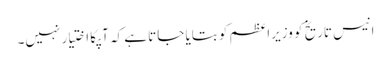
انیس تاریخ کو وزیراعظم کو بتایا جاتا ہے کہ آپکا اختیار نہیں۔